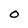
Character: O